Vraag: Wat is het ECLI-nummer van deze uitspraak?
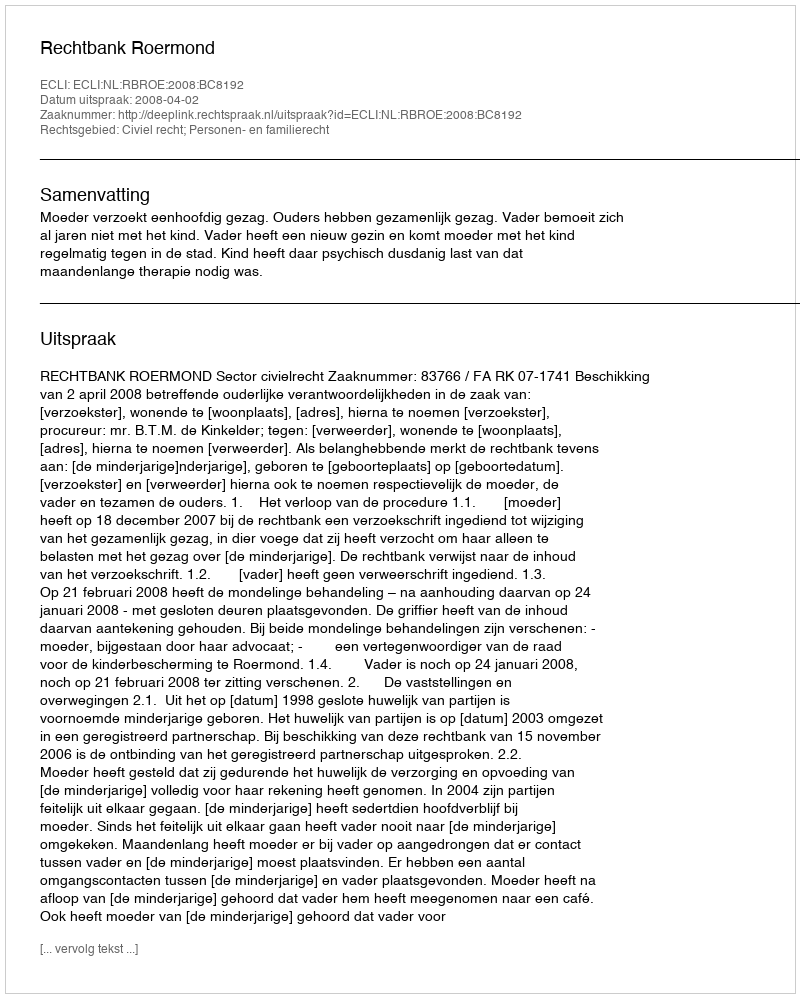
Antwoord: ECLI:NL:RBROE:2008:BC8192